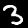
Digit: 3